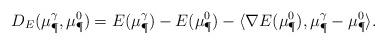
LaTeX: \begin{align*}D_E(\mu_{\P}^{\gamma},\mu_{\P}^0) = E(\mu_{\P}^{\gamma}) - E(\mu_{\P}^0) - \langle \nabla E(\mu_{\P}^0) , \mu_{\P}^{\gamma} - \mu_{\P}^0 \rangle. \end{align*}